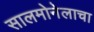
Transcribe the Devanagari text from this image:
सालमोनेलाचा